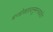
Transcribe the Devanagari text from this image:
मन्त्रोक्तावनुमन्त्रयते।